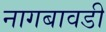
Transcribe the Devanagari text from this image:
नागबावडी